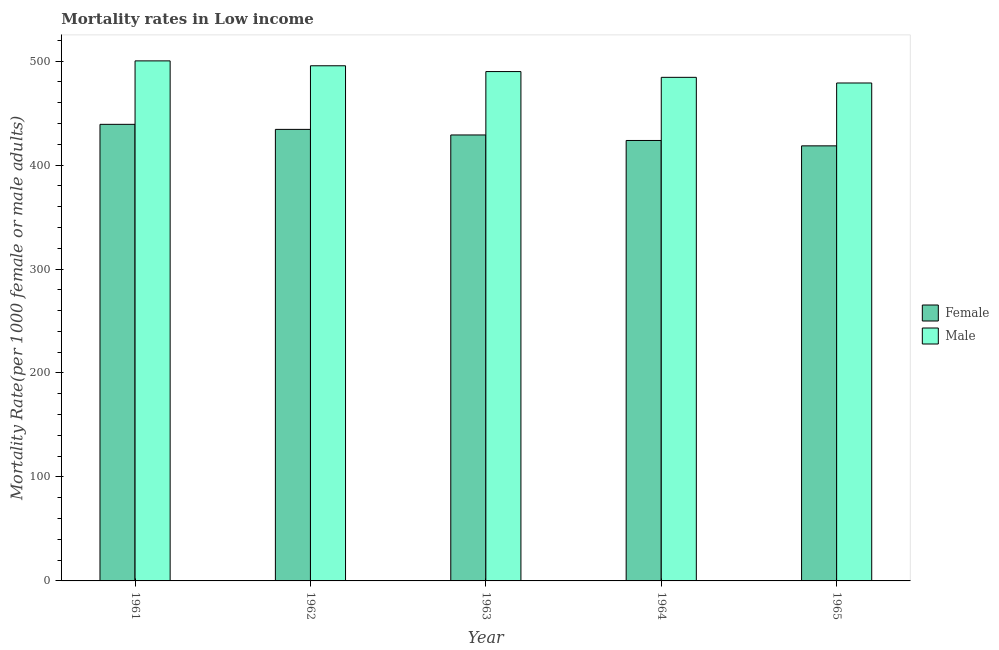
| Year | Female | Male |
 | --- | --- | --- |
 | 1961 | 439 | 500 |
 | 1962 | 434 | 495 |
 | 1963 | 429 | 490 |
 | 1964 | 424 | 484 |
 | 1965 | 418 | 479 |